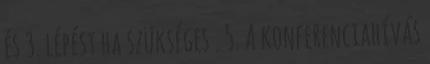
és 3. lépést ha szükséges . 5. A konferenciahívás